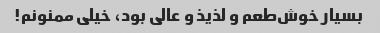
بسیار خوش‌طعم و لذیذ و عالی بود، خیلی ممنونم!